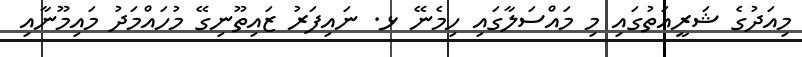
މިއަދުގެ ޝަރީއަތުގައި މި މައްސަލާގައި ހިމެނޭ ޅ. ނައިފަރު ޒައިތޫނިގޭ މުހައްމަދު މައިމޫނާއި